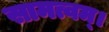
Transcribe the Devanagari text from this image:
सामत्वम्‌।